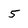
Character: 5